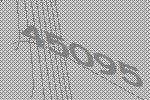
45095